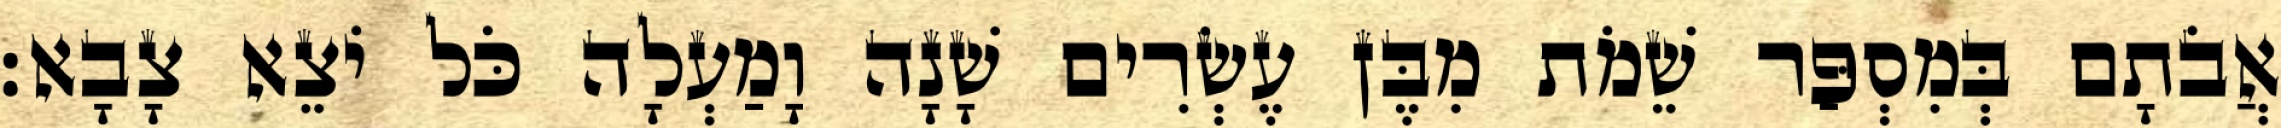
אֲבֹתָם בְּמִסְפַּר שֵׁמֹת מִבֶּן עֶשְׂרִים שָׁנָה וָמַעְלָה כֹּל יֹצֵא צָבָא׃